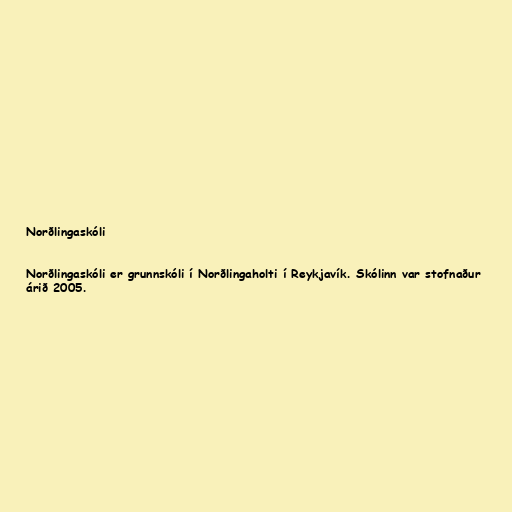
Norðlingaskóli

Norðlingaskóli er grunnskóli í Norðlingaholti í Reykjavík. Skólinn var stofnaður
árið 2005.